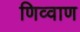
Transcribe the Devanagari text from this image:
णिव्वाण